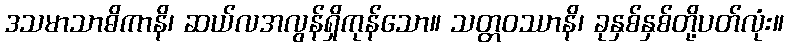
ဒသမာသာဓိကာနိ၊ ဆယ်လအလွန်ရှိကုန်သော။ သတ္တဝဿာနိ၊ ခုနှစ်နှစ်တို့ပတ်လုံး။